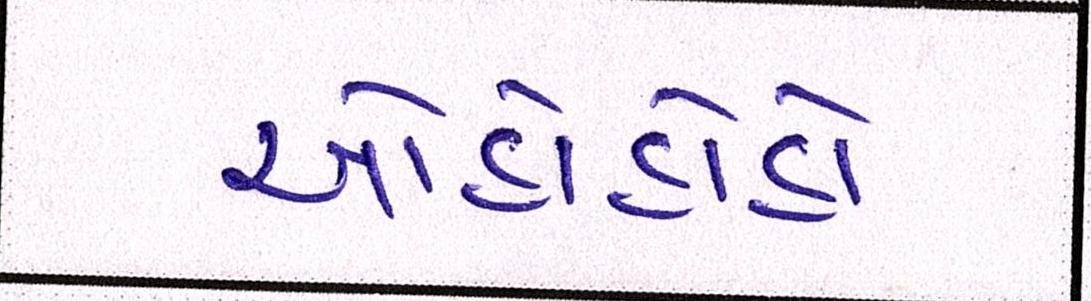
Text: ઓહોહોહો